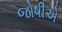
જોષીએ